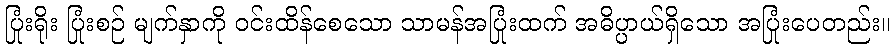
ပြုံးရိုး ပြုံးစဉ် မျက်နှာကို ဝင်းထိန်စေသော သာမန်အပြုံးထက် အဓိပ္ပာယ်ရှိသော အပြုံးပေတည်း။